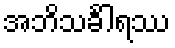
အဘိသင်္ခါရဿ